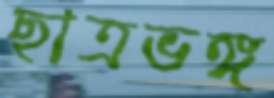
ছাত্রভঙ্গ